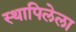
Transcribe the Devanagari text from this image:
स्थापिलेला